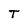
Character: T